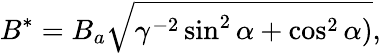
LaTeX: B^{*}=B_{a}\sqrt{\gamma^{-2}\sin^{2}\alpha+\cos^{2}\alpha)},